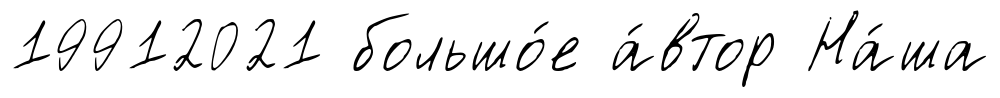
19912021 большо́е а́втор На́ша